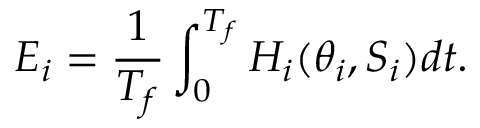
E _ { i } = \frac { 1 } { T _ { f } } \int _ { 0 } ^ { T _ { f } } H _ { i } ( \theta _ { i } , S _ { i } ) d t .